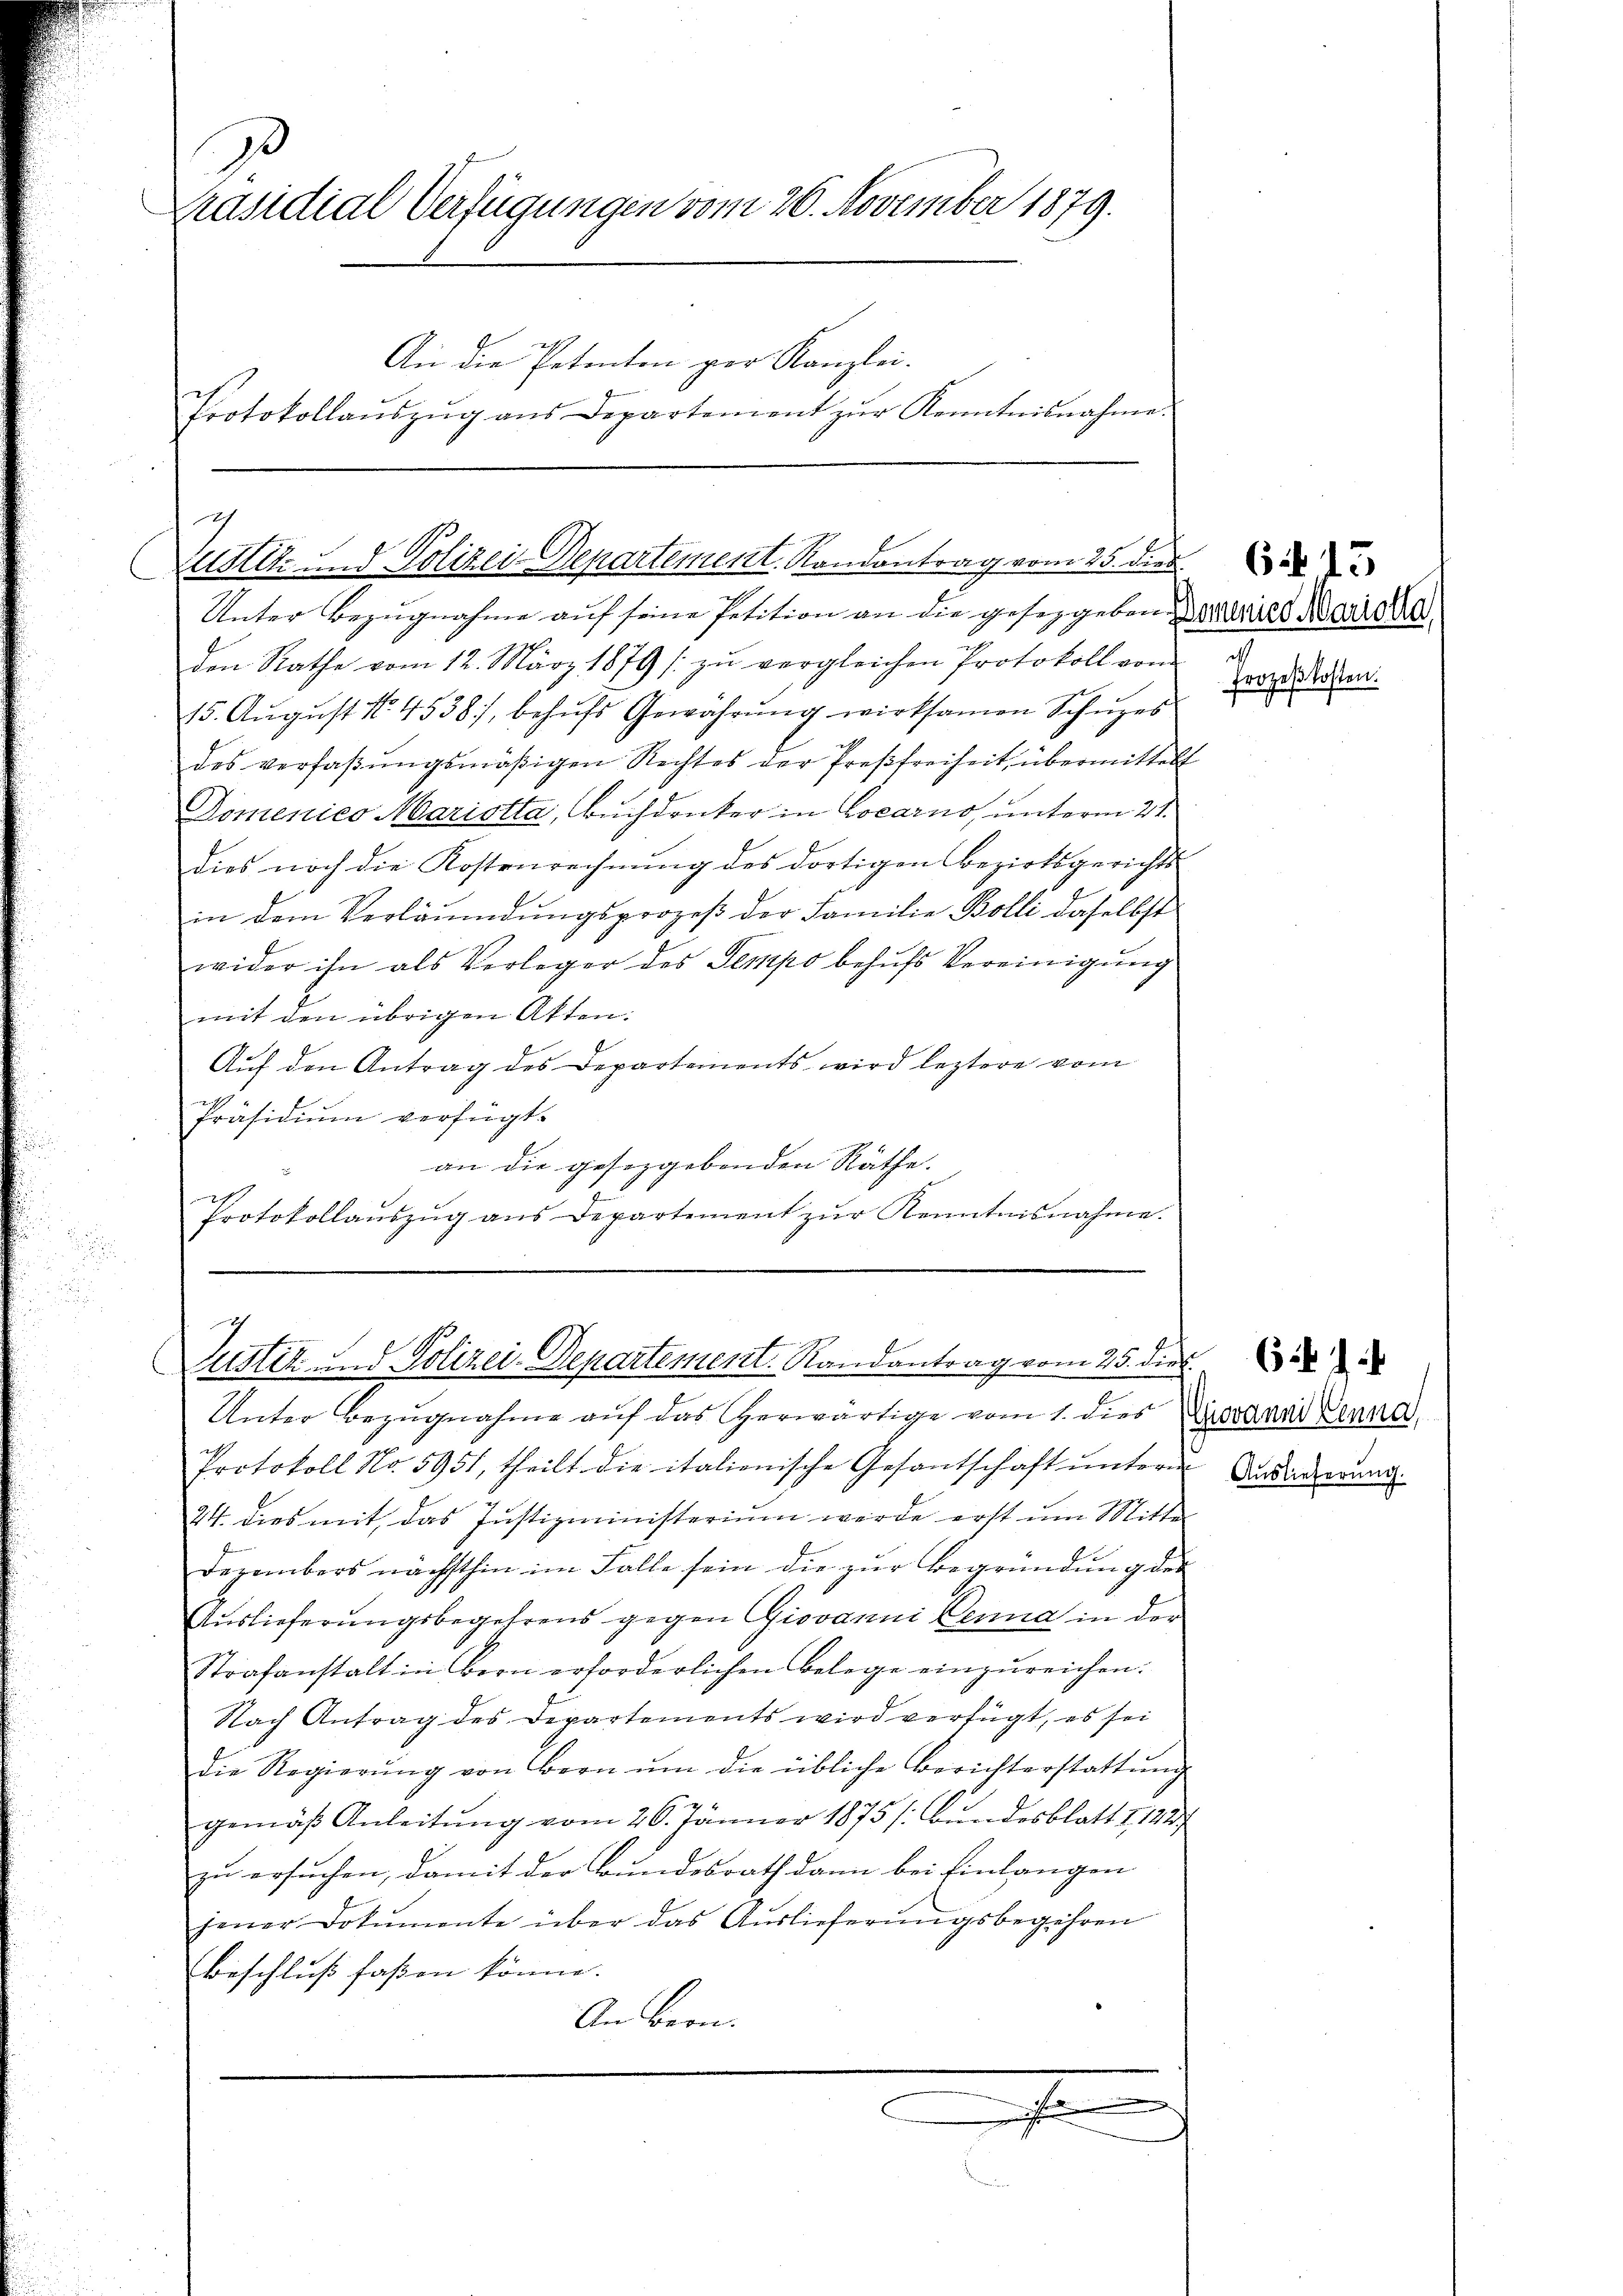
Präsidial-Verfügungen vom 26. November 1879.
An die Petenten per Kanzlei.
Protokollaŭszŭg ans Departement zŭr Kenntnisnahme.

g
Zustiz und Polizei-Departement. Randantrag vom 25. dies

Unter Bezugnahme auf seine Petition an die gesetzgeben eines Mariere
den Rathe vom 12. März 1879 (zu vergleichen Protokoll von
15. Aŭgŭst No. 4538), behŭfs Gewährŭng wirksamen Schŭzes
des verfaßungsmäßigen Rechtes der Preßfreiheit, übermittelt
Domenico Mariotta, Buchdrucker in Locarno, unterm 21.
dies noch die Kostenrechnung des dortigen Bezirksgerichts-
in dem Verläumdŭngsprozeβ der Familie Bolli daselbst
wider ihn als Verleger des Sempo behŭfs Vereinigŭng
mit den übrigen Akten:
Auf den Antrag des Departements wird leztere vom
Präsidium verfügt:
an die gesezgebenden Räthe.
e
Protokollaŭszŭg ans Departement zŭr Kenntnisnahme.

I
Justik und Polizei-Departement. Randantrag vom 25. dies

Unter Bezugnahme auf das herwärtige vom 1. dies Dr Kenn
Protokoll No 5951, theilt die italienische Gesantschaft unteren Durdauerung
24. dies mit, das Justizministerium werde erst um Mitte
Dezembers nächsthin im Falle sein die zŭr Begründung des
Auslieferungsbegehrens gegen Giovanni Denna in der
Strafanstalt in Bern erforderlichen Belege einzŭreichen:
Nach Antrag des Departements wird verfügt, es sei
die Regierŭng von Bern ŭm die übliche Berichterstattŭng
gemäβ Anleitŭng vom 26. Jänner 1875 /: Bŭndesblatt I 122.
zu ersuchen, damit der Bundesrath dann bei Einlangen
jener Dokumente über das Auslieferungsbegehren
Beschluß faßen könne.
An Bern.
b

u
Prozeßkosten.

6